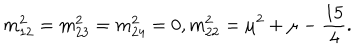
m _ { 1 2 } ^ { 2 } = m _ { 2 3 } ^ { 2 } = m _ { 2 4 } ^ { 2 } = 0 , m _ { 2 2 } ^ { 2 } = \mu ^ { 2 } + \mu - \frac { 1 5 } { 4 } .